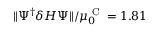
\Vert \Psi ^ { \dagger } \delta H \Psi \Vert / \mu _ { 0 } ^ { \textrm { C } } = 1 . 8 1